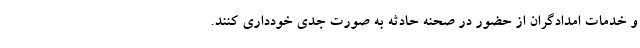
و خدمات امدادگران از حضور در صحنه حادثه به صورت جدی خودداری کنند.